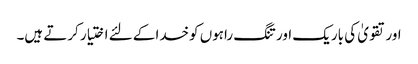
اور تقویٰ کی باریک اور تنگ راہوں کوخدا کے لئے اختیار کرتے ہیں۔